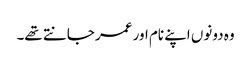
وہ دونوں اپنے نام اور عمر جانتے تھے۔